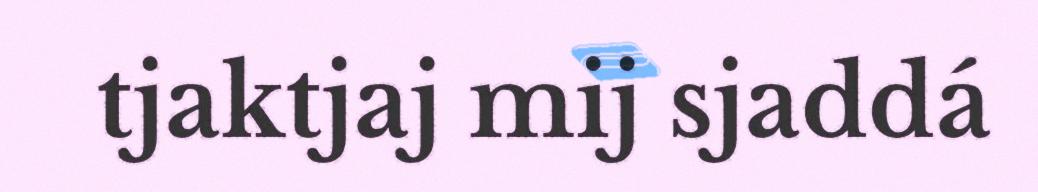
tjaktjaj mij sjaddá